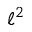
\ell ^ { 2 }